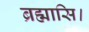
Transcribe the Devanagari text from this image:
ब्रह्मासि।